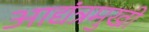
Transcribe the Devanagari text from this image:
आद्यंत्रमुखी